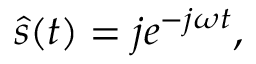
{ \hat { s } } ( t ) = j e ^ { - j \omega t } ,